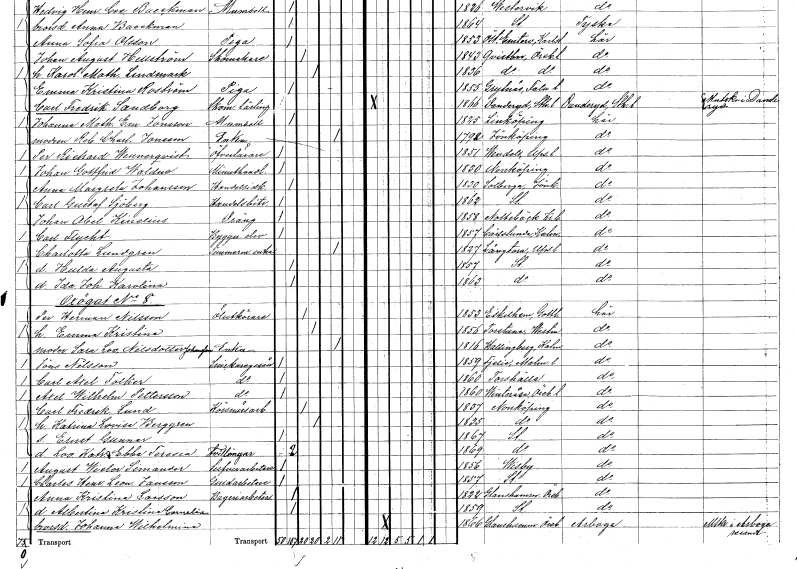
gt_parse: households: individuals: FN: Carl Gustaf
EN: Sjöberg
YRKE: Handelsbiträde
KON: M
CIV: O
FODAR: 1862
FODFORS: Stockholm
FN: Johan Abel
EN: Kinelius
YRKE: Dräng
KON: M
CIV: O
FODAR: 1858
FODFORS: Nottebäck Kronobergs län
FN: Carl
EN: Flycht
YRKE: Byggnadselev
KON: M
CIV: O
FODAR: 1857
FODFORS: Karlslunda Kalmar län
FN: Charlotta
EN: Lundgren
YRKE: Timmermansänka
KON: K
CIV: E
FODAR: 1827
FODFORS: Långtora Uppsala län
FN: Hulda Augusta
KON: K
CIV: O
FODAR: 1857
FODFORS: Stockholm
FN: Ida Johanna Karolina
KON: K
CIV: O
FODAR: 1863
FODFORS: Stockholm
FN: Per Herman
EN: Nilsson
YRKE: Ölutkörare
KON: M
CIV: G
FODAR: 1853
FODFORS: Eskelhem Gotlands län
FN: Emma Kristina
KON: K
CIV: G
FODAR: 1856
FODFORS: Torstuna Uppsala län
FN: Sara Lovisa
EN: Nilsdotter Johansson
YRKE: Änka
KON: K
CIV: E
FODAR: 1816
FODFORS: Hallingeberg Kalmar län
FN: Jöns
EN: Nilsson
YRKE: Snickaregesäll
KON: M
CIV: O
FODAR: 1859
FODFORS: Fjelie Malmöhus län
FN: Carl Axel
EN: Folker
YRKE: Snickaregesäll
KON: M
CIV: O
FODAR: 1860
FODFORS: Torshälla Södermanlands län
FN: Axel Wilhelm
EN: Pettersson
YRKE: Snickaregesäll
KON: M
CIV: O
FODAR: 1860
FODFORS: Vinteråsa Örebro län
FN: Carl Fredrik
EN: Lund
YRKE: Körsnärsarbetare
KON: M
CIV: G
FODAR: 1837
FODFORS: Norrköping Östergötlands län
FN: Katrina Lovisa
EN: Berggren
KON: K
CIV: G
FODAR: 1835
FODFORS: Norrköping Östergötlands län
FN: Ernst Gunnar
KON: M
CIV: O
FODAR: 1867
FODFORS: Stockholm
FN: Lovisa Katrina
KON: K
CIV: O
FODAR: 1869
FODFORS: Stockholm
FN: Ebba Teresia
KON: K
CIV: O
FODAR: 1869
FODFORS: Stockholm
FN: August Wictor
EN: Simander
YRKE: Silverarbetare
KON: M
CIV: O
FODAR: 1856
FODFORS: Visby Gotlands län
FN: Charles Henrik Leonard
EN: Jansson
YRKE: Guldarbetare
KON: M
CIV: O
FODAR: 1857
FODFORS: Stockholm
FN: Anna Kristina
EN: Larsson
YRKE: Bageriarbetare
KON: K
CIV: O
FODAR: 1822
FODFORS: Glanshammar Örebro län
FN: Albertina Kristina Cornelia
KON: K
CIV: O
FODAR: 1859
FODFORS: Stockholm
FN: Johanna Wilhelmina
KON: K
CIV: O
FODAR: 1866
FODFORS: Glanshammar Örebro län